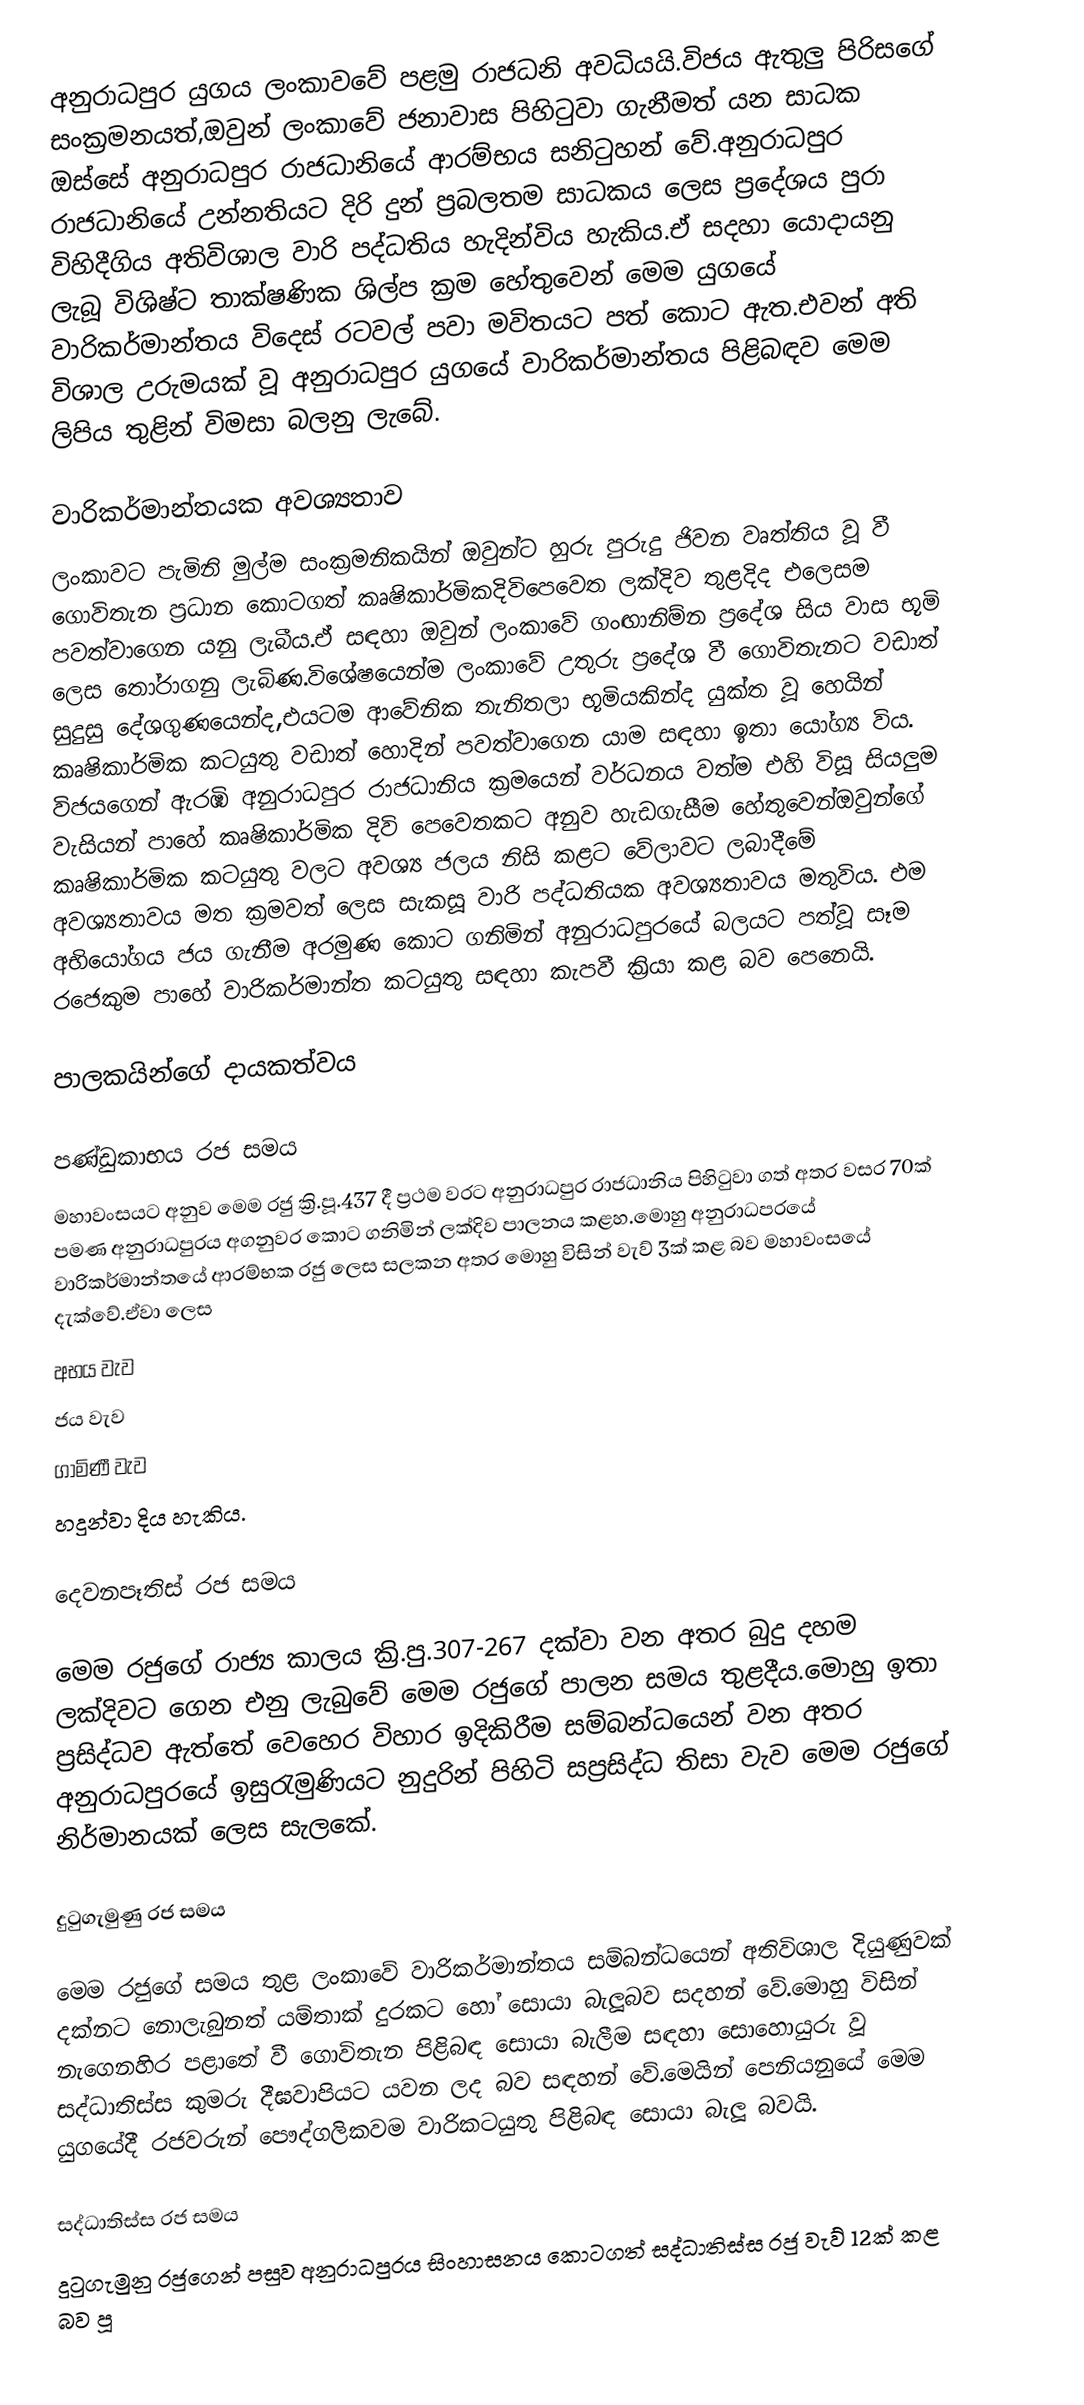
අනුරාධපුර යුගය ලංකාව‍වේ පළමු රාජධනි අවධියයි.විජය ඇතුලු පිරිසගේ සංක්‍රමනයත්,ඔවුන් ලංකාවේ ජනාවාස පිහිටුවා ගැනීමත් යන සාධක ඔස්සේ අනුරාධපුර රාජධානියේ ආරම්භය සනිටුහන් වේ.අනුරාධපුර රාජධානියේ උන්නතියට දිරි දුන් ප්‍රබලතම සාධකය ලෙස ප්‍රදේශය පුරා විහිදීගිය අතිවිශාල වාරි පද්ධතිය හැදින්විය හැකිය.ඒ සදහා යොදායනු ලැබූ විශිෂ්ට තාක්ෂණික ශිල්ප ක්‍රම හේතුවෙන් මෙම යුගයේ වාරිකර්මාන්තය විදෙස් රටවල් පවා මවිතයට පත් කොට ඇත.එවන් අති විශාල උරුමයක් වූ අනුරාධපුර යුගයේ වාරිකර්මාන්තය පිළිබඳව මෙම ලිපිය තුළින් විමසා බලනු ලැබේ.

වාරිකර්මාන්තයක අවශ්‍යතාව
ලංකාවට පැමිනි මුල්ම සංක්‍රමනිකයින් ඔවුන්ට හුරු පුරුදු ජිවන වෘත්තිය වූ වී ගොවිතැන ප්‍රධාන කොටගත් කෘෂිකාර්මිකදිවිපෙවෙත ලක්දිව තුළදිද එලෙසම පවත්වාගෙන යනු ලැබීය.ඒ සඳහා ඔවුන් ලංකාවේ ගංඟානිම්න ප්‍රදේශ සිය වාස භූමි ලෙස තෝරාගනු ලැබිණ.විශේෂයෙන්ම ලංකාවේ උතුරු ප්‍රදේශ වී ගොවිතැනට වඩාත් සුදුසු දේශගුණයෙන්ද,එයටම ආවේනික තැනිතලා භූමියකින්ද යුක්ත වූ හෙයින් කෘෂිකාර්මික කටයුතු වඩාත් හොදින් පවත්වාගෙන යාම සඳහා ඉතා යෝග්‍ය විය. විජයගෙන් ඇරඹි අනුරාධපුර රාජධානිය ක්‍රමයෙන් වර්ධනය වත්ම එහි විසූ සියලුම වැසියන් පාහේ කෘෂිකාර්මික දිවි පෙවෙතකට අනුව හැඩගැසීම හේතුවෙන්ඔවුන්ගේ කෘෂිකාර්මික කටයුතු වලට අවශ්‍ය ජලය නිසි කළට වේලාවට ලබාදීමේ අවශ්‍යතාවය මත ක්‍රමවත් ලෙස සැකසූ වාරි පද්ධතියක අවශ්‍යතාවය මතුවිය. එම අභියෝගය ජය ගැනීම අරමුණ කොට ගනිමින් අනුරාධපුරයේ බලයට පත්වූ සෑම රජෙකුම පාහේ වාරිකර්මාන්ත කටයුතු සඳහා කැපවී ක්‍රියා කළ බව පෙනෙයි.

පාලකයින්ගේ දායකත්වය

පණ්ඩුකාභය රජ සමය
මහාවංසයට අනුව මෙම රජු ක්‍රි.පූ.437 දී ප්‍රථම වරට අනුරාධපුර රාජධානිය පිහිටුවා ගත් අතර වසර 70ක් පමණ අනුරාධපුරය අගනුවර කොට ගනිමින් ලක්දිව පාලනය කළහ.මොහු අනුරාධපරයේ වාරිකර්මාන්තයේ ආරම්භක රජු ලෙස සලකන අතර මොහු විසින් වැව් 3ක් කළ බව මහාවංසයේ දැක්වේ.ඒවා ලෙස
අභය වැව
ජය වැව
ගාමිණී වැව
හදුන්වා දිය හැකිය.

දෙවනපෑතිස් රජ සමය

මෙම රජුගේ රාජ්‍ය කාලය ක්‍රි.පු.307-267 දක්වා වන අතර බුදු දහම ලක්දිවට ගෙන එනු ලැබුවේ මෙම රජුගේ පාලන සමය තුළදීය.මොහු ඉතා ප්‍රසිද්ධව ඇත්තේ වෙහෙර විහාර ඉදිකිරීම සම්බන්ධයෙන් වන අතර අනුරාධපුරයේ ඉසුරැමුණියට නුදුරින් පිහිටි සප්‍රසිද්ධ තිසා වැව මෙම රජුගේ නිර්මානයක් ලෙස සැලකේ.

දුටුගැමුණු රජ සමය

මෙම රජුගේ සමය තුළ ලංකාවේ වාරිකර්මාන්තය සම්බන්ධයෙන් අතිවිශාල දියුණුවක් දක්නට නොලැබුනත් යම්තාක් දුරකට හෝ සොයා බැලූබව සදහන් වේ.මොහු විසින් නැගෙනහිර පළාතේ වී ගොවිතැන පිළිබඳ සොයා බැලීම සඳහා සොහොයුරු වූ සද්ධාතිස්ස කුමරු දීඝවාපියට යවන ලද බව සඳහන් වේ.මෙයින් පෙනියනුයේ මෙම යුගයේදී රජවරුන් පෞද්ගලිකවම වාරිකටයුතු පිළිබඳ සොයා බැලූ බවයි.

සද්ධාතිස්ස රජ සමය
දුටුගැමුනු රජුගෙන් පසුව අනුරාධපුරය සිංහාසනය කොටගත් සද්ධාතිස්ස රජු වැව් 12ක් කළ බව පූ